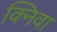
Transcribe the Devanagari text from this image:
क्निवा